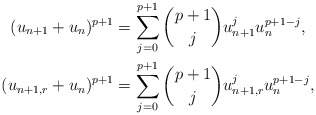
\begin{align*} (u_{n+1}+u_n)^{p+1} & = \sum\limits_{j=0}^{p+1} \binom{p+1}{j} u_{n+1}^j u_n^{p+1-j}, \\ (u_{n+1,r}+u_n)^{p+1} & = \sum\limits_{j=0}^{p+1} \binom{p+1}{j} u_{n+1,r}^j u_n^{p+1-j}, \end{align*}